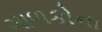
ગાળકોના